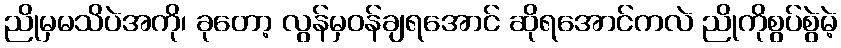
ညိုမှမသိပဲအကို၊ ခုတော့ လွန်မှဝန်ချရအောင် ဆိုရအောင်ကလဲ ညိုကိုစွပ်စွဲမဲ့